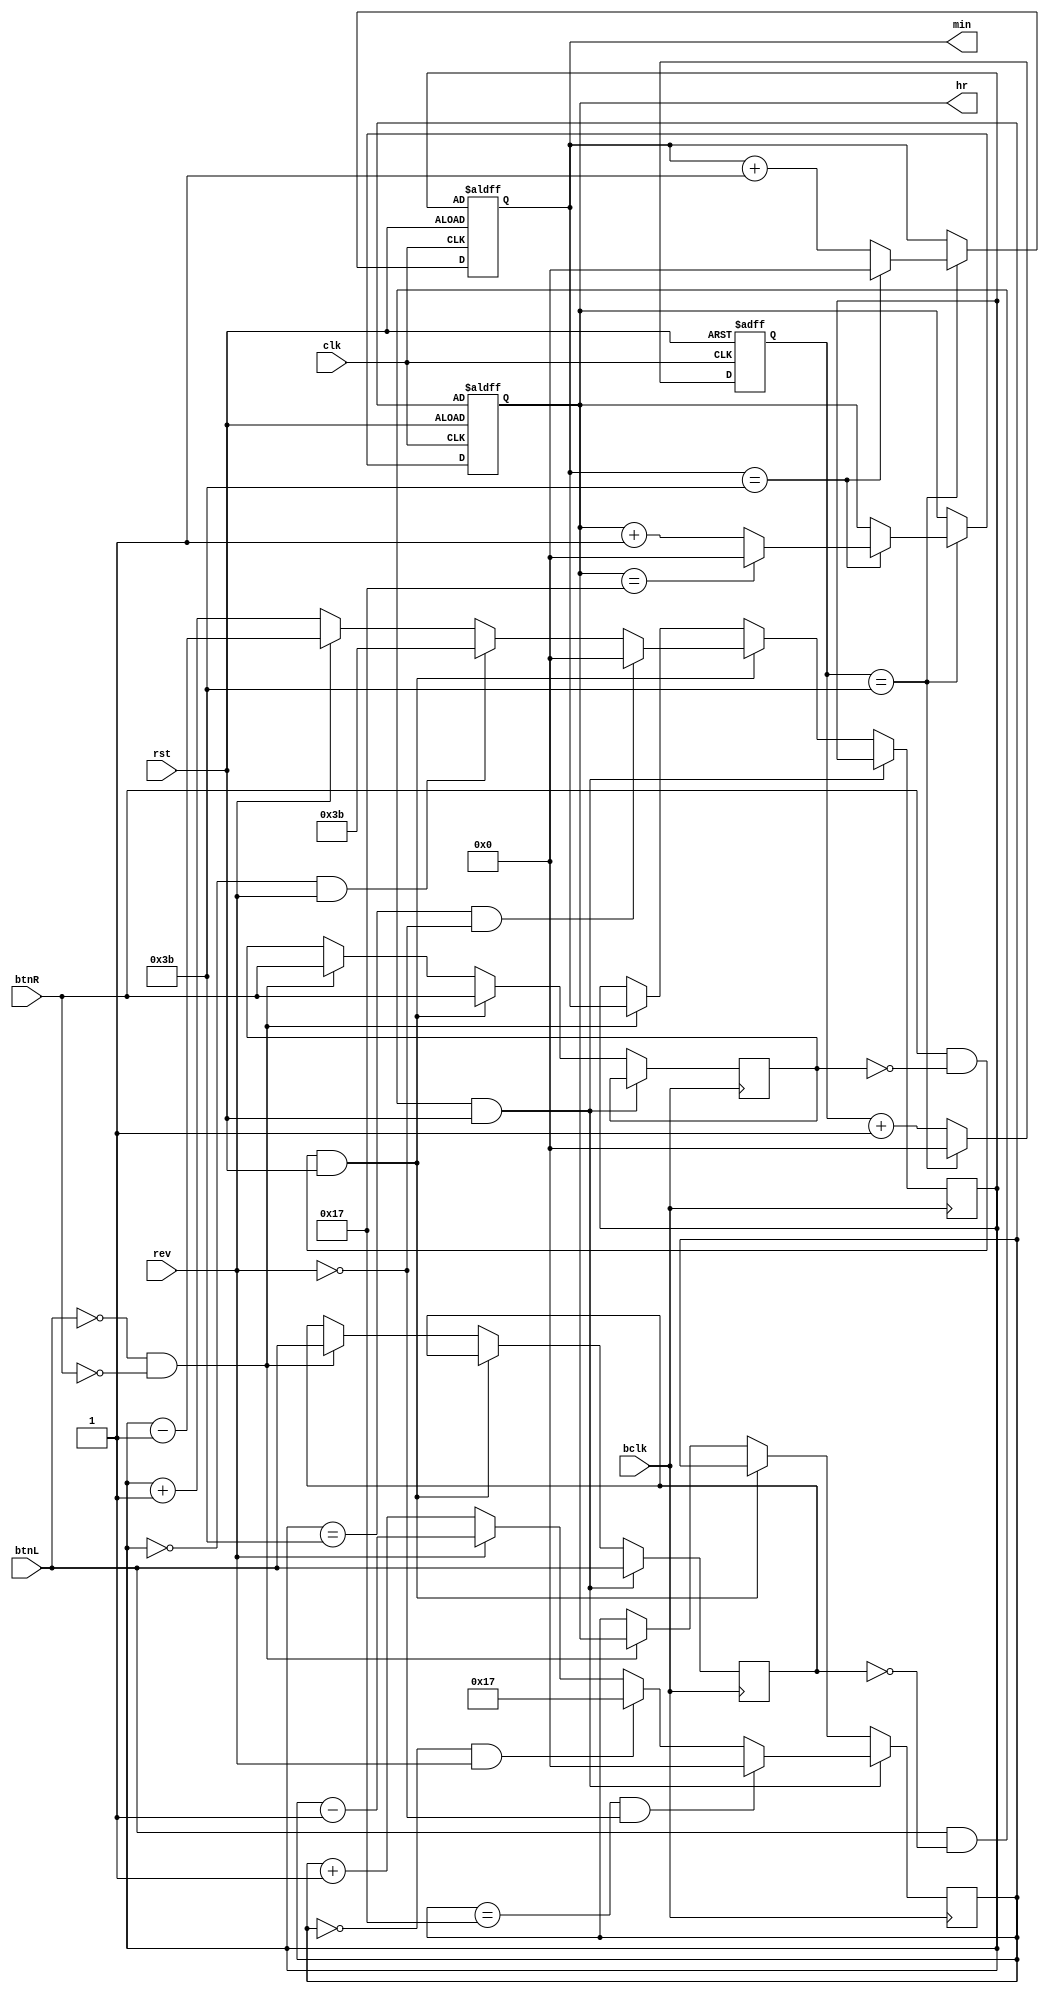
`timescale 1ns / 1ps
//////////////////////////////////////////////////////////////////////////////////
// Company: 
// Engineer: 
// 
// Design Name: 
// Module Name: counter
// Project Name: 
// Target Devices: 
// Tool Versions: 
// Description: 
// 
// Dependencies: 
// 
// Revision:
// Revision 0.01 - File Created
// Additional Comments:
// 
//////////////////////////////////////////////////////////////////////////////////


module counter(
        input bclk,
        input clk,
        input rev,
        input rst,
        input btnL,
        input btnR,
        output reg [7:0] hr,
        output reg [7:0] min
    );
    
    parameter minute = 8'b00111011;
    parameter hour = 8'b00111011;
    parameter hourLim = 8'b00010111;
        
    reg [7:0] sec = 8'd0;
    
    reg [7:0] uhr;
    reg [7:0] umin;
    
    reg last_btnL;
    reg last_btnR;
    
    always @ (posedge(bclk)) begin
        if (btnL && !last_btnL && rst) begin
            last_btnL <= btnL;
            if (uhr == hourLim && !rev)
                uhr <= 8'b0;
            else if (uhr == 8'b0 && rev)
                uhr <= hourLim;
            else begin
                if (rev)
                    uhr <= uhr - 1'b1;
                else
                    uhr <= uhr + 1'b1;
            end  
        end else if (btnR && !last_btnR && rst) begin
            last_btnR <= btnR;
            if (umin == hour && !rev)
               umin <= 8'b0;
            else if (umin == 8'b0 && rev)
               umin <= hour;
            else begin
               if (rev)
                   umin <= umin - 1'b1;
               else
                   umin <= umin + 1'b1;
            end  
        end else if (!btnL && !btnR) begin
            uhr <= hr;
            umin <= min;
            last_btnL <= btnL;
            last_btnR <= btnR;
        end
    end      
       
    always @ (posedge(clk), posedge(rst)) begin       
        if (rst == 1'b1) begin
            sec <= 8'b0;
            hr <= uhr;
            min <= umin;
        end else if (sec == minute) begin
            sec <= 8'b0;
            if (min == hour) begin
                min <= 8'b0;
                if (hr == hourLim)
                    hr <= 8'b0;
                else
                    hr <= hr + 1'b1;
            end else 
                min <= min + 1'b1;     
         end else 
            sec <= sec + 1'b1;
    end
endmodule